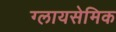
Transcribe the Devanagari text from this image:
ग्लायसेमिक